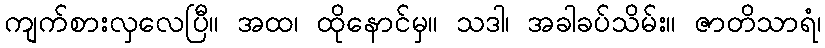
ကျက်စားလှလေပြီ။ အထ၊ ထိုနောင်မှ။ သဒါ၊ အခါခပ်သိမ်း။ ဇာတိသာရံ၊